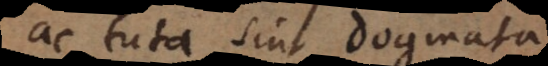
ac tuta sint Dogmata,